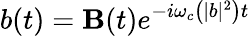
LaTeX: b(t)=\mathbf{B}(t)e^{-i\omega_{c}\left(|b|^{2}\right)t}